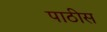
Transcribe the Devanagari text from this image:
पाठीस